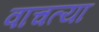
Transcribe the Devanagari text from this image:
वाचत्या